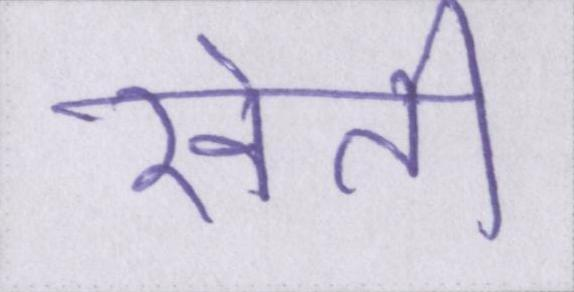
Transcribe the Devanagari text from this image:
खेती